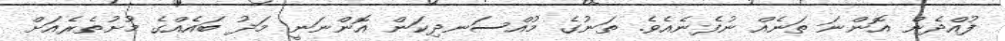
ފުއްދެން އޮންނަ ތަނެއް ނުފެނެއެވެ. ތަނުގެ މުއްސަނދިކަން އޮންނަނީ މަދު ބައެއްގެ މުށުތެރެއަށް